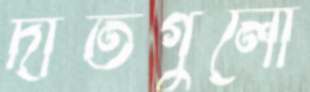
দাঁতগুলো